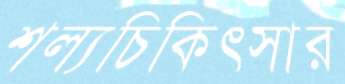
শল্যচিকিৎসার